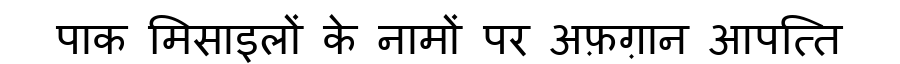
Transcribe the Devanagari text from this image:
पाक मिसाइलों के नामों पर अफ़ग़ान आपत्ति